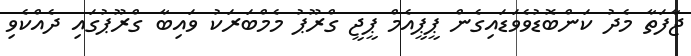
ޖާފަތާ މެދު ކަންބޮޑުވެވަޑައިގެން ޕީޕީއެމް ޕީޖީ ގްރޫޕު މެމްބަރަކު ވައިބާ ގްރޫޕުގައި ދެއްކެވި